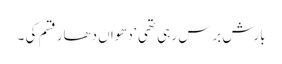
بارش برس رہی تھی ‘ دھواں دھار قسم کی ۔